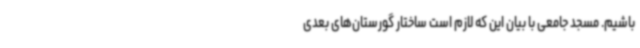
باشیم. مسجد جامعی با بیان این که لازم است ساختار گورستان‌های بعدی